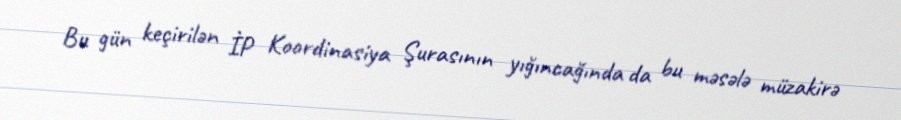
Bu gün keçirilən İP Koordinasiya Şurasının yığıncağında da bu məsələ müzakirə